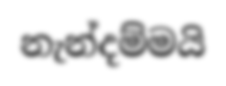
නැන්දම්මයි